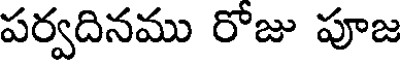
పర్వదినము రోజు పూజ